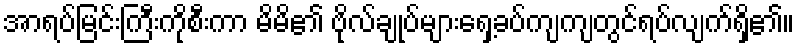
အာရပ်မြင်းကြီးကိုစီးကာ မိမိ၏ ဗိုလ်ချုပ်များရှေ့ခပ်ကျကျတွင်ရပ်လျက်ရှိ၏။